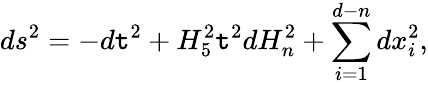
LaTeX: ds^{2}=-d\mathtt{t}^{2}+H_{5}^{2}\mathtt{t}^{2}dH_{n}^{2}+\sum_{i=1}^{d-n}dx_{i}^{2},